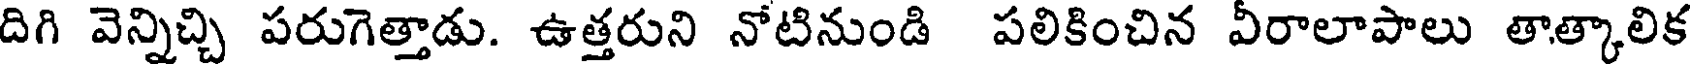
దిగి వెన్నిచ్చి పరుగెత్తాడు. ఉత్తరుని నోటినుండి పలికించిన వీరాలాపాలు తాత్కాలిక